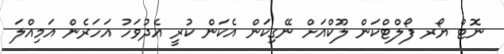
ނޮޓް ޔޯރ ފޯލްޓްކަން ލޫކްއަށް ނޭގިކަން އެކަން ކުރީ އެދުވަހު އަހަރެން އަމިއްލަ